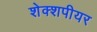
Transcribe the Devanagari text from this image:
शेक्शपीयर